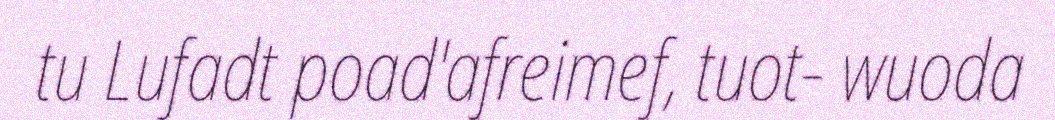
tu Lufadt poad'afreimef, tuot- wuoda